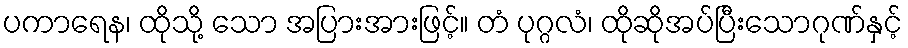
ပကာရေန၊ ထိုသို့ သော အပြားအားဖြင့်။ တံ ပုဂ္ဂလံ၊ ထိုဆိုအပ်ပြီးသောဂုဏ်နှင့်